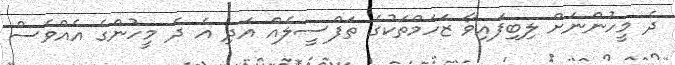
ދެ މީހުންނަށް ލިބިފައިވާ ޒަހަމްތަކުގެ ތަފްސީލެއް އަދި އެ ދެ މީހުންގެ އެއްވެސް